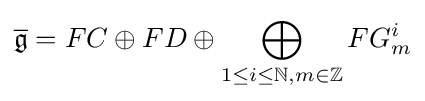
{\overline {\mathfrak {g}}}=FC\oplus FD\oplus \bigoplus _{1\leq i\leq \mathbb {N} ,m\in \mathbb {Z} }FG_{m}^{i}